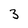
Character: 3